Indian journal of veterinary science and animal husbandry - Volume 3,
Year: 1933
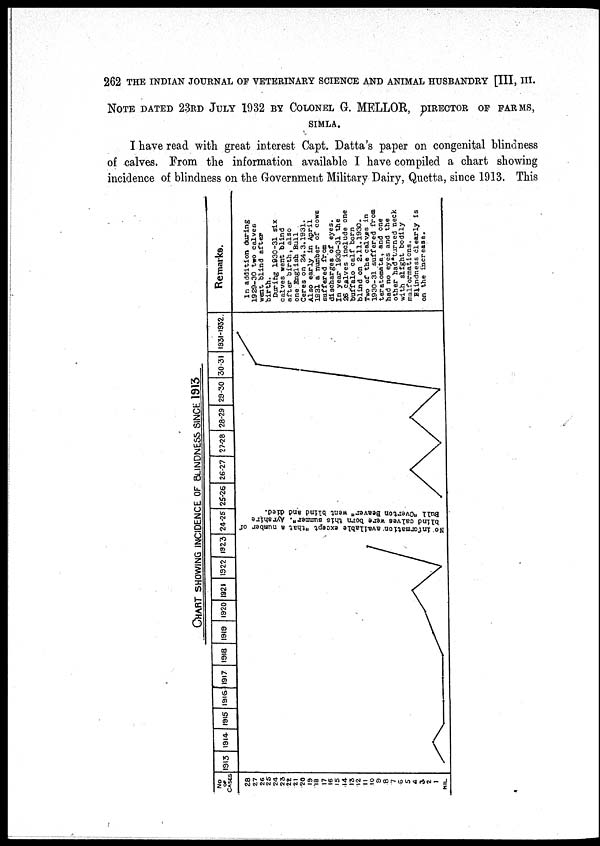
262 THE INDIAN JOURNAL OF VETERINARY SCIENCE AND ANIMAL HUSBANDRY [III, III.
NOTE DATED 23RD JULY 1932 BY COLONEL G. MELLOR, DIRECTOR OF FARMS,
SIMLA.
I have read with great interest Capt. Datta's paper on congenital blindness
of calves. From the information available I have compiled a chart showing
incidence of blindness on the Government Military Dairy, Quetta, since 1913. This
CHART
SHOWING
INCIDENCE
OF
BLINDNESS
SINCE
1913